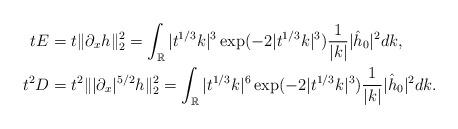
LaTeX: \begin{align*}tE&=t\|\partial_xh\|_2^2=\int_{\mathbb{R}}|t^{1/3}k|^{3}\exp(-2|t^{1/3}k|^3)\frac{1}{|k|}|\hat h_0|^2dk,\\t^2D&=t^2\||\partial_x|^{5/2}h\|_2^2=\int_{\mathbb{R}}|t^{1/3}k|^{6}\exp(-2|t^{1/3}k|^3)\frac{1}{|k|}|\hat h_0|^2dk.\end{align*}